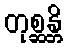
တုစ္ဆန္တိ